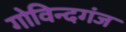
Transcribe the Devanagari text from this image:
गोविन्‍दगंज